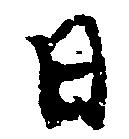
日